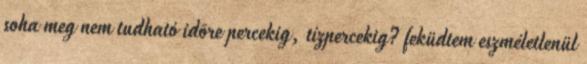
soha meg nem tudható idõre percekig, tízpercekig? feküdtem eszméletlenül